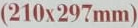
210x297mm